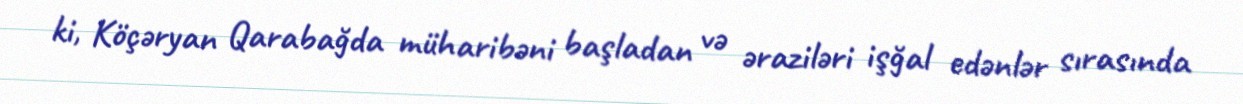
ki, Köçəryan Qarabağda müharibəni başladan və əraziləri işğal edənlər sırasında